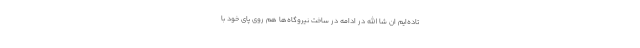
تاده‌ایم ان شا الله در ادامه در ساخت نیروگاه‌ها هم روی پای خود با